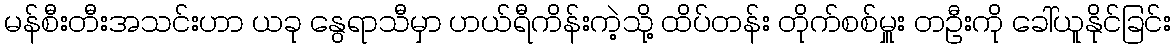
မန်စီးတီးအသင်းဟာ ယခု နွေရာသီမှာ ဟယ်ရီကိန်းကဲ့သို့ ထိပ်တန်း တိုက်စစ်မှူး တဦးကို ခေါ်ယူနိုင်ခြင်း